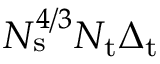
N _ { \mathrm { s } } ^ { 4 / 3 } N _ { \mathrm { t } } \Delta _ { \mathrm { t } }